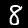
Label: 8